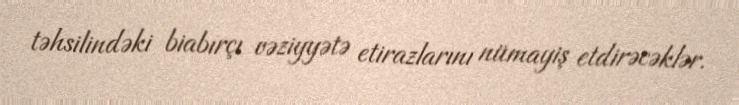
təhsilindəki biabırçı vəziyyətə etirazlarını nümayiş etdirəcəklər.